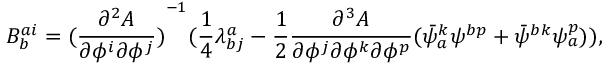
B _ { b } ^ { a i } = { ( \frac { \partial ^ { 2 } A } { \partial \phi ^ { i } \partial \phi ^ { j } } ) } ^ { - 1 } ( \frac { 1 } { 4 } \lambda _ { b j } ^ { a } - \frac { 1 } { 2 } \frac { \partial ^ { 3 } A } { \partial \phi ^ { j } \partial \phi ^ { k } \partial \phi ^ { p } } ( \bar { \psi } _ { a } ^ { k } \psi ^ { b p } + \bar { \psi } ^ { b k } \psi _ { a } ^ { p } ) ) ,